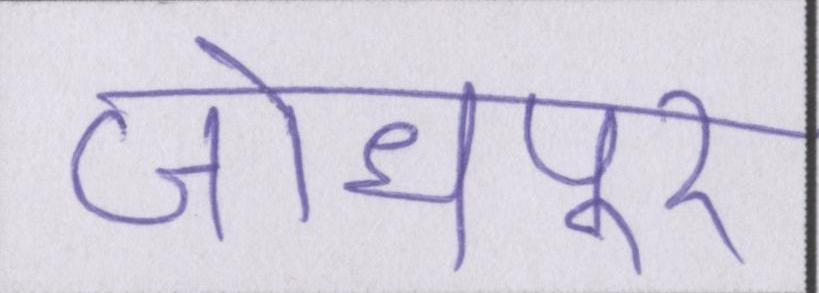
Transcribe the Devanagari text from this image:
जोधपुर